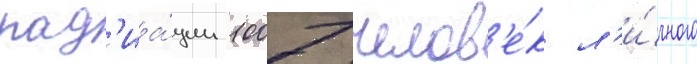
рад'иа́ции 1007 челов'е́к л'и́чного